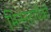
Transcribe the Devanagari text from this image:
भिन्नतांपैकी